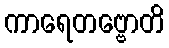
ကာရေတဗ္ဗောတိ